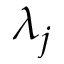
\lambda _ { j }